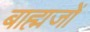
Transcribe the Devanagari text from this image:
बाह्मजों